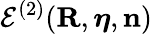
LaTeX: {\cal E}^{(2)}({\mathbf R},{\boldsymbol\eta},{\mathbf n})